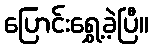
ပြောင်းရွှေ့ခဲ့ပြီ။